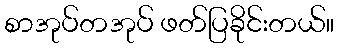
စာအုပ်တအုပ် ဖတ်ပြခိုင်းတယ်။